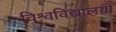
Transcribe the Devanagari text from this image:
विश्वविद्यालयोँ